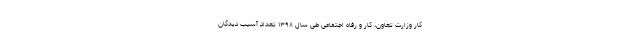
کار وزارت تعاون، کار و رفاه اجتماعی طی سال ۱۳۹۸ تعداد آسیب دیدگان